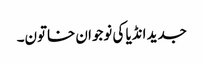
جدید انڈیا کی نوجوان خاتون۔